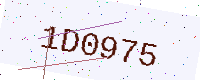
Text: 1D0975